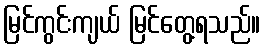
မြင်ကွင်းကျယ် မြင်တွေ့ရသည်။